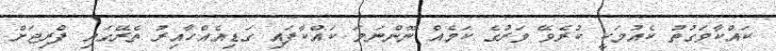
ކައްކާވަގުތު ކެއުމަކީ ކުރެވޭ ވަރުގެ ކަމެއް ނޫންނަމަ ކައްކާފައި ގަޑިއެއްހާއިރު ތެރޭގައި ފްރިޖަށް